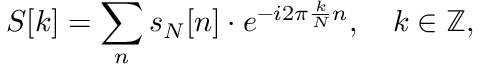
S [ k ] = \sum _ { n } s _ { N } [ n ] \cdot e ^ { - i 2 \pi { \frac { k } { N } } n } , \quad k \in \mathbb { Z } ,